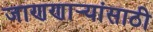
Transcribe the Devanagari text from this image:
जाणणार्‍यांसाठी